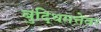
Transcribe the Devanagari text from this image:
बुद्धिमत्तेवर